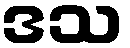
ဒသ